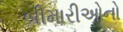
બીમારીઓનો